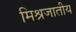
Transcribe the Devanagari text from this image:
मिश्रजातीय